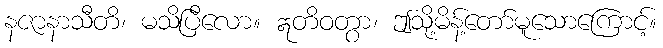
နဇာနာသီတိ၊ မသိပြီလော။ ဣတိဝတွာ၊ ဤသို့မိန့်တော်မူသောကြောင့်။